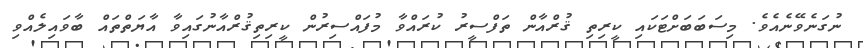
ނުގަނެވޭނެއެވެ. މިސަބަބަށްޓަކައި ކީރިތި ޤުރްއާން ތަފްސީރު ކުރައްވާ މުފައްސިރުން ކީރިތިޤުރްއާނުގައިވާ އާޔަތްތައް ބާވައިލެއްވި